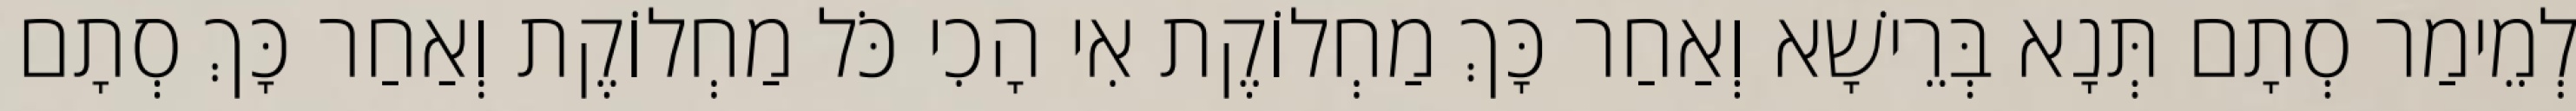
לְמֵימַר סְתָם תְּנָא בְּרֵישָׁא וְאַחַר כָּךְ מַחְלוֹקֶת אִי הָכִי כֹּל מַחְלוֹקֶת וְאַחַר כָּךְ סְתָם